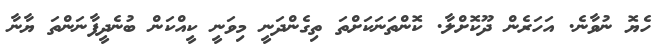
ހެޔޮ ނުވާނެ. އަހަރެން ދޫކޮށްލާ. ކޮންތަނަކަށްތަ ތިގެންދަނީ މިވަނީ ކީއްކަން ބުނެދީފާނަންތަ ޔާނާ